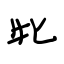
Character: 牝